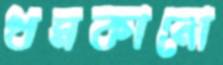
ধমকানো